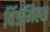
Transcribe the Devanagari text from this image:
विंडमिल्स